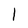
Character: 1